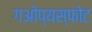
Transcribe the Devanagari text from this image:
गओप्यस्फोट